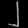
Digit: ၂